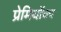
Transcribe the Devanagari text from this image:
प्रेमियोंका